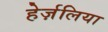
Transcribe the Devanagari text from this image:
हेर्ज़लिया